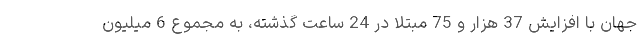
جهان با افزایش 37 هزار و 75 مبتلا در 24 ساعت گذشته، به مجموع 6 میلیون